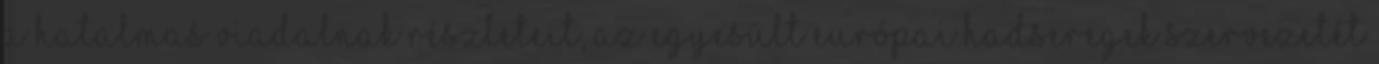
a hatalmas viadalnak részleteit, az egyesült európai hadseregek szervezetét